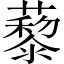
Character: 藜